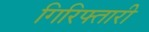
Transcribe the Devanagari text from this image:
गिरिफ्तारी